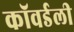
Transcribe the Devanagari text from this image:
कॉवर्डली